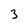
Character: 3